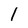
Character: 1